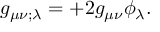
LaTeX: g _ { \mu \nu ; \lambda } = + 2 g _ { \mu \nu } \phi _ { \lambda } .